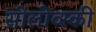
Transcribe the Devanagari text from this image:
सोलोव्स्की